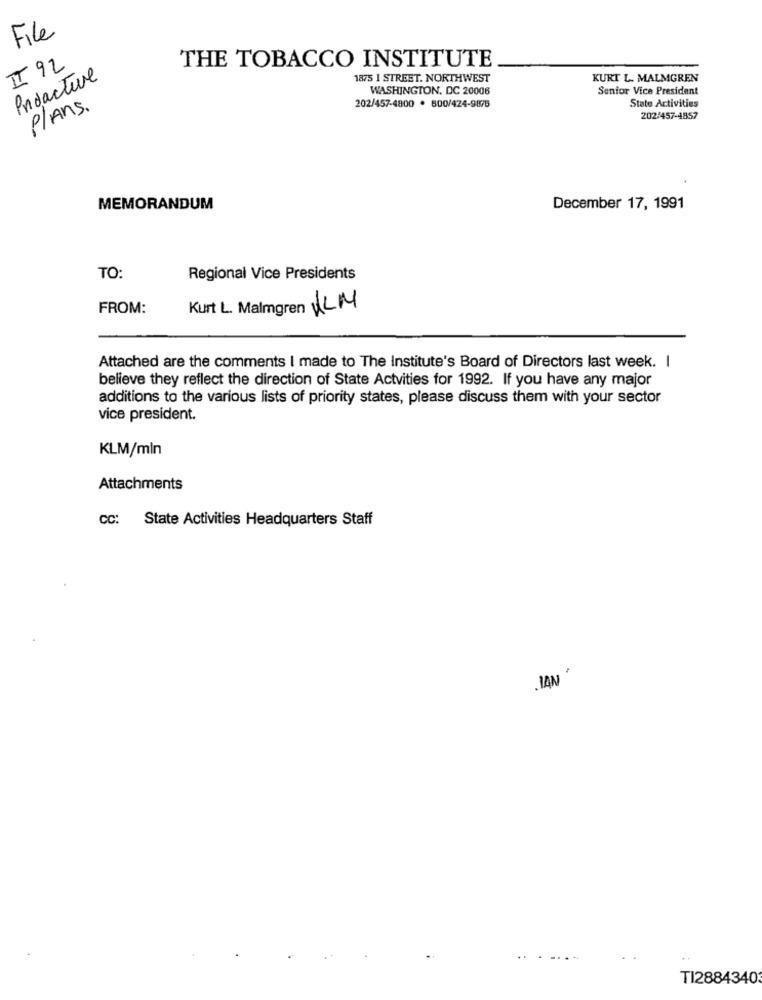
File
II 92
THE TOBACCO INSTITUTE
Prifacture
1875 I STREET. NORTHWEST
KURT L. MALMGREN
WASHINGTON, DC 20006
Senior Vice President
Plans.
202/457-4800 · 800/424-9875
State Activities
202/457-4857
MEMORANDUM
December 17, 1991
TO:
Regional Vice Presidents
FROM:
Kurt L. Malmgren ULM
Attached are the comments I made to The Institute's Board of Directors last week. I
believe they reflect the direction of State Actvities for 1992. If you have any major
additions to the various lists of priority states, please discuss them with your sector
vice president.
KLM/min
Attachments
CC: State Activities Headquarters Staff
IAN
TI2884340